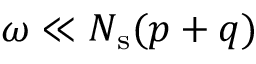
\omega \ll N _ { \mathrm { s } } ( p + q )